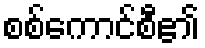
စစ်ကောင်စီ၏